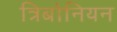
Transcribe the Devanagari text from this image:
त्रिबोनियन